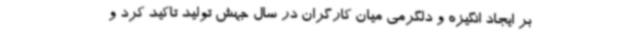
بر ایجاد انگیزه و دلگرمی میان کارگران در سال جهش تولید تاکید کرد و